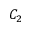
C _ { 2 }